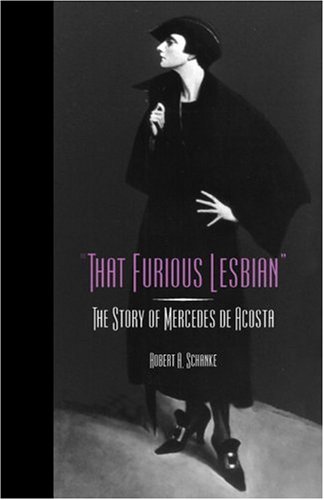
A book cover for That Furious Lesbian: The Story of Mercedes de Acosta (Theater in the Americas); Robert A Schanke; Gay & Lesbian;